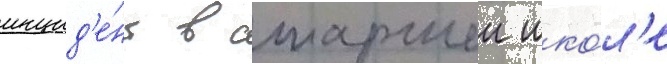
инцид'е́нт в старшеи шко́л'е